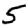
Digit: 5